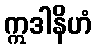
ဣဒါနိဟံ